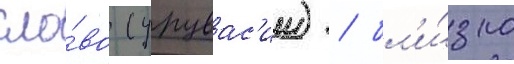
сло́во (урувас'ии) / бл'и́зко